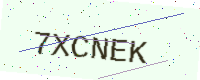
Text: 7XCNEK